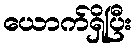
ယောက်ရှိပြီး